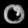
Digit: ၀